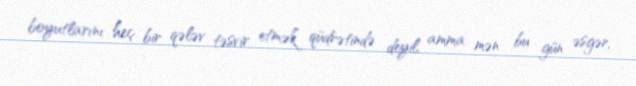
boyutlarını heç bir qələv təsvir etmək qüdrətində deyil, amma mən bu gün əsgər,